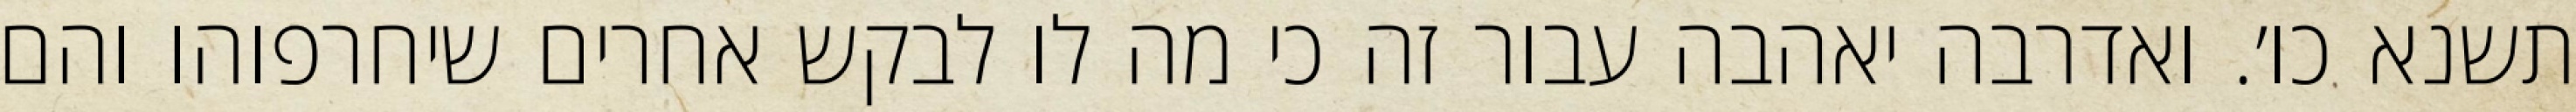
תשנא כו׳. ואדרבה יאהבה עבור זה כי מה לו לבקש אחרים שיחרפוהו והם